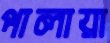
পালায়া